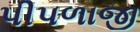
પીપળાજી